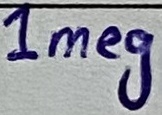
Text: 1meg